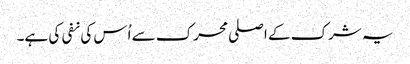
یہ شرک کے اصلی محرک سے اُس کی نفی کی ہے۔